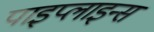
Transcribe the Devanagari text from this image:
पाइप्लाइन्स